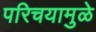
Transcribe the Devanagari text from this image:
परिचयामुळे